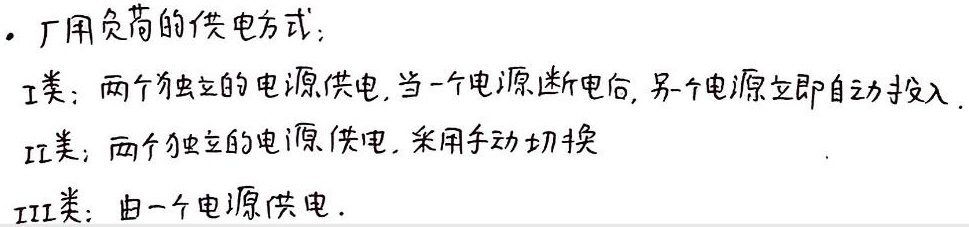
. 厂用负荷的供电方式：
I类：两个独立的电源供电，当一个电源断电后，另一个电源立即自动投入.
II类：两个独立的电源供电，采用手动切换.
III类：由一个电源供电.